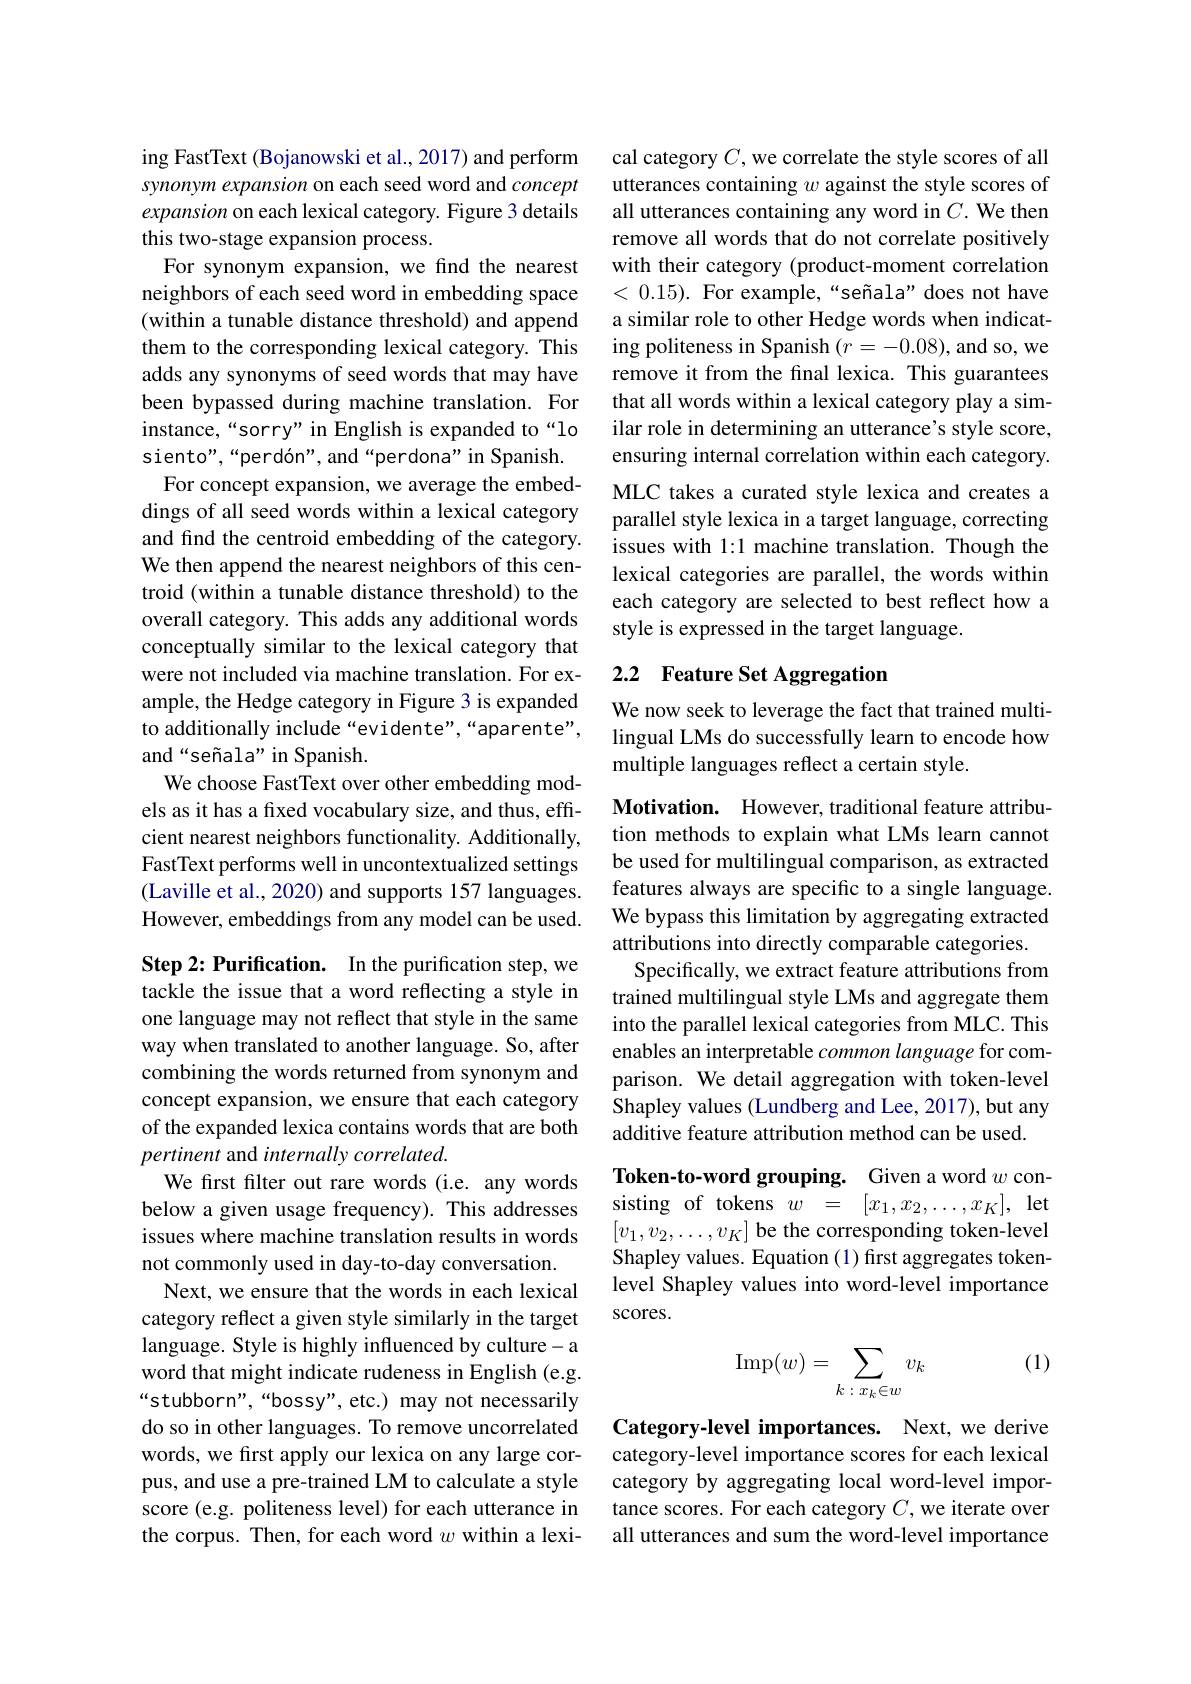
ing FastText (Bojanowski et al., 2017) and perform synonym expansion on each seed word and concept expansion on each lexical category. Figure 3 details this two-stage expansion process.
For synonym expansion, we find the nearest neighbors of each seed word in embedding space (within a tunable distance threshold) and append them to the corresponding lexical category. This adds any synonyms of seed words that may have been bypassed during machine translation. For instance,“sorry” in English is expanded to“lo siento",“perdón", and“perdona”in Spanish. For concept expansion, we average the embed-
dings of all seed words within a lexical category and find the centroid embedding of the category. We then append the nearest neighbors of this centroid (within a tunable distance threshold) to the overall category. This adds any additional words conceptually similar to the lexical category that were not included via machine translation. For example, the Hedge category in Figure 3 is expanded to additionally include“evidente”,“aparente", and“señala”in Spanish.
We choose FastText over other embedding models as it has a fixed vocabulary size, and thus, efficient nearest neighbors functionality. Additionally, FastText performs well in uncontextualized settings (Laville et al., 2020) and supports 157 languages. However, embeddings from any model can be used.

Step 2: Purification. In the purification step, we tackle the issue that a word reflecting a style in one language may not reflect that style in the same way when translated to another language. So, after combining the words returned from synonym and concept expansion, we ensure that each category of the expanded lexica contains words that are both pertinent and internally correlated.
We first filter out rare words (i.e. any words below a given usage frequency). This addresses issues where machine translation results in words not commonly used in day-to-day conversation.
Next, we ensure that the words in each lexical category reflect a given style similarly in the target language. Style is highly influenced by culture- a word that might indicate rudeness in English (e.g. “stubborn",“bossy",etc.) may not necessarily do so in other languages. To remove uncorrelated words, we first apply our lexica on any large corpus, and use a pre-trained LM to calculate a style score (e.g. politeness level) for each utterance in the corpus. Then, for each word $w$ within a lexi-

cal category $C$, we correlate the style scores of all utterances containing $w$ against the style scores of all utterances containing any word in $C.$ We then remove all words that do not correlate positively with their category (product-moment correlation <0.15). For example,“señala”does not have a similar role to other Hedge words when indicating politeness in Spanish $(r=-0.08)$, and so, we remove it from the final lexica. This guarantees that all words within a lexical category play a similar role in determining an utterance's style score, ensuring internal correlation within each category. MLC takes a curated style lexica and creates a parallel style lexica in a target language, correcting issues with 1:1 machine translation. Though the lexical categories are parallel, the words within each category are selected to best reflect how a style is expressed in the target language.

# 2.2 Feature Set Aggregation

We now seek to leverage the fact that trained multilingual LMs do successfully learn to encode how multiple languages reflect a certain style.

Motivation. However, traditional feature attribution methods to explain what LMs learn cannot be used for multilingual comparison, as extracted features always are specific to a single language. We bypass this limitation by aggregating extracted attributions into directly comparable categories.
Specifically, we extract feature attributions from trained multilingual style LMs and aggregate them into the parallel lexical categories from MLC. This enables an interpretable $common\textit{language for com- }$ parison. We detail aggregation with token-level Shapley values (Lundberg and Lee, 2017), but any additive feature attribution method can be used.

Token-to-word grouping. Given a word $w$ consisting of tokens $w$ = $[ x_1, x_2, \ldots , x_K] $, let $[v_1,v_2,\ldots,v_K]$ be the corresponding token-level Shapley values. Equation (1) first aggregates tokenlevel Shapley values into word-level importance scores.

(1)
$$\mathrm{Imp}(w)=\sum_{k:x_k\in w}v_k$$
Category-level importances. Next, we derive category-level importance scores for each lexical category by aggregating local word-level importance scores. For each category $C$, we iterate over all utterances and sum the word-level importance